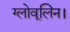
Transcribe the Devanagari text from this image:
ग्लोवूलिन।